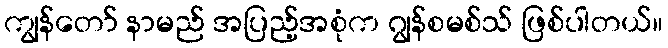
ကျွန်တော် နာမည် အပြည့်အစုံက ဂျွန်စမစ်သ် ဖြစ်ပါတယ်။